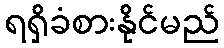
ရရှိခံစားနိုင်မည်